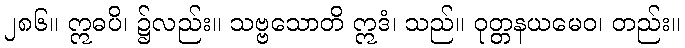
၂၈၆။ ဣဓပိ၊ ၌လည်း။ သဗ္ဗသောတိ ဣဒံ၊ သည်။ ဝုတ္တနယမေဝ၊ တည်း။